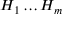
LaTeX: H _ { 1 } \ldots H _ { m }